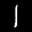
Label: 1